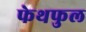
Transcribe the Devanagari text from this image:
फेथफुल